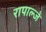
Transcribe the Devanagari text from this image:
रापाल्जे